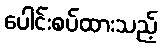
ပေါင်းစပ်ထားသည့်